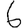
Digit: 6